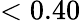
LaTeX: <0.40